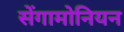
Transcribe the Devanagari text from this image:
सेंगामोनियन